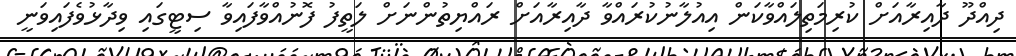
ދިއްދޫ ދާއިރާއަށް ކުރިމަތިލައްވާކަން އިއުލާނުކުރައްވާ ދާއިރާއަށް ރައްޔިތުންނަށް ލަތީފު ފޮނުއްވާފައިވާ ސިޓީގައި ވިދާޅުވެފައިވަނީ